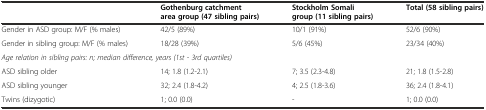
<table><thead><tr><td></td><td><b>Gothenburg catchment area group (47 sibling pairs)</b></td><td><b>Stockholm Somali group (11 sibling pairs)</b></td><td><b>Total (58 sibling pairs)</b></td></tr></thead><tbody><tr><td>Gender in ASD group: M/F (% males)</td><td>42/5 (89%)</td><td>10/1 (91%)</td><td>52/6 (90%)</td></tr><tr><td>Gender in sibling group: M/F (% males)</td><td>18/28 (39%)</td><td>5/6 (45%)</td><td>23/34 (40%)</td></tr><tr><td colspan="4"><i>Age relation in sibling pairs: n; median difference, years (1st - 3rd quartiles)</i></td></tr><tr><td>ASD sibling older</td><td>14; 1.8 (1.2-2.1)</td><td>7; 3.5 (2.3-4.8)</td><td>21; 1.8 (1.5-2.8)</td></tr><tr><td>ASD sibling younger</td><td>32; 2.4 (1.8-4.2)</td><td>4; 2.5 (1.8-3.6)</td><td>36; 2.4 (1.8-4.1)</td></tr><tr><td>Twins (dizygotic)</td><td>1; 0.0 (0.0)</td><td>-</td><td>1; 0.0 (0.0)</td></tr></tbody></table>